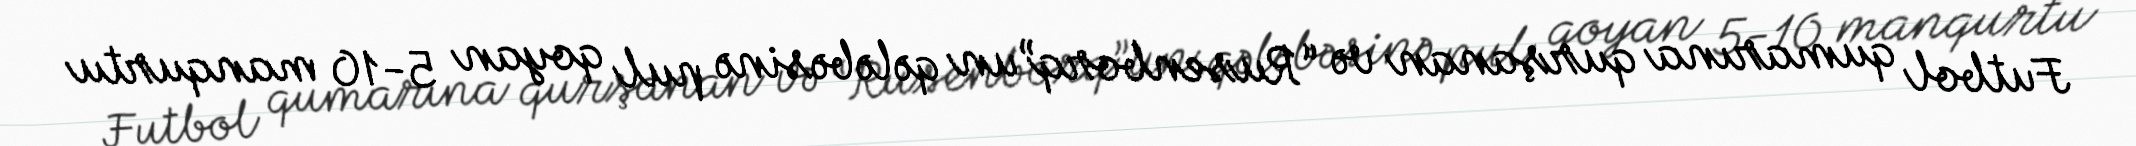
Futbol qumarına qurşanan və “Rusenborq”un qələbəsinə pul qoyan 5-10 manqurtu